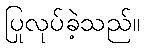
ပြုလုပ်ခဲ့သည်။